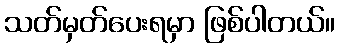
သတ်မှတ်ပေးရမှာ ဖြစ်ပါတယ်။